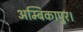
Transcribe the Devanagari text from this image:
अम्बिकापुर।